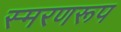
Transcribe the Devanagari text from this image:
स्मरणरूप